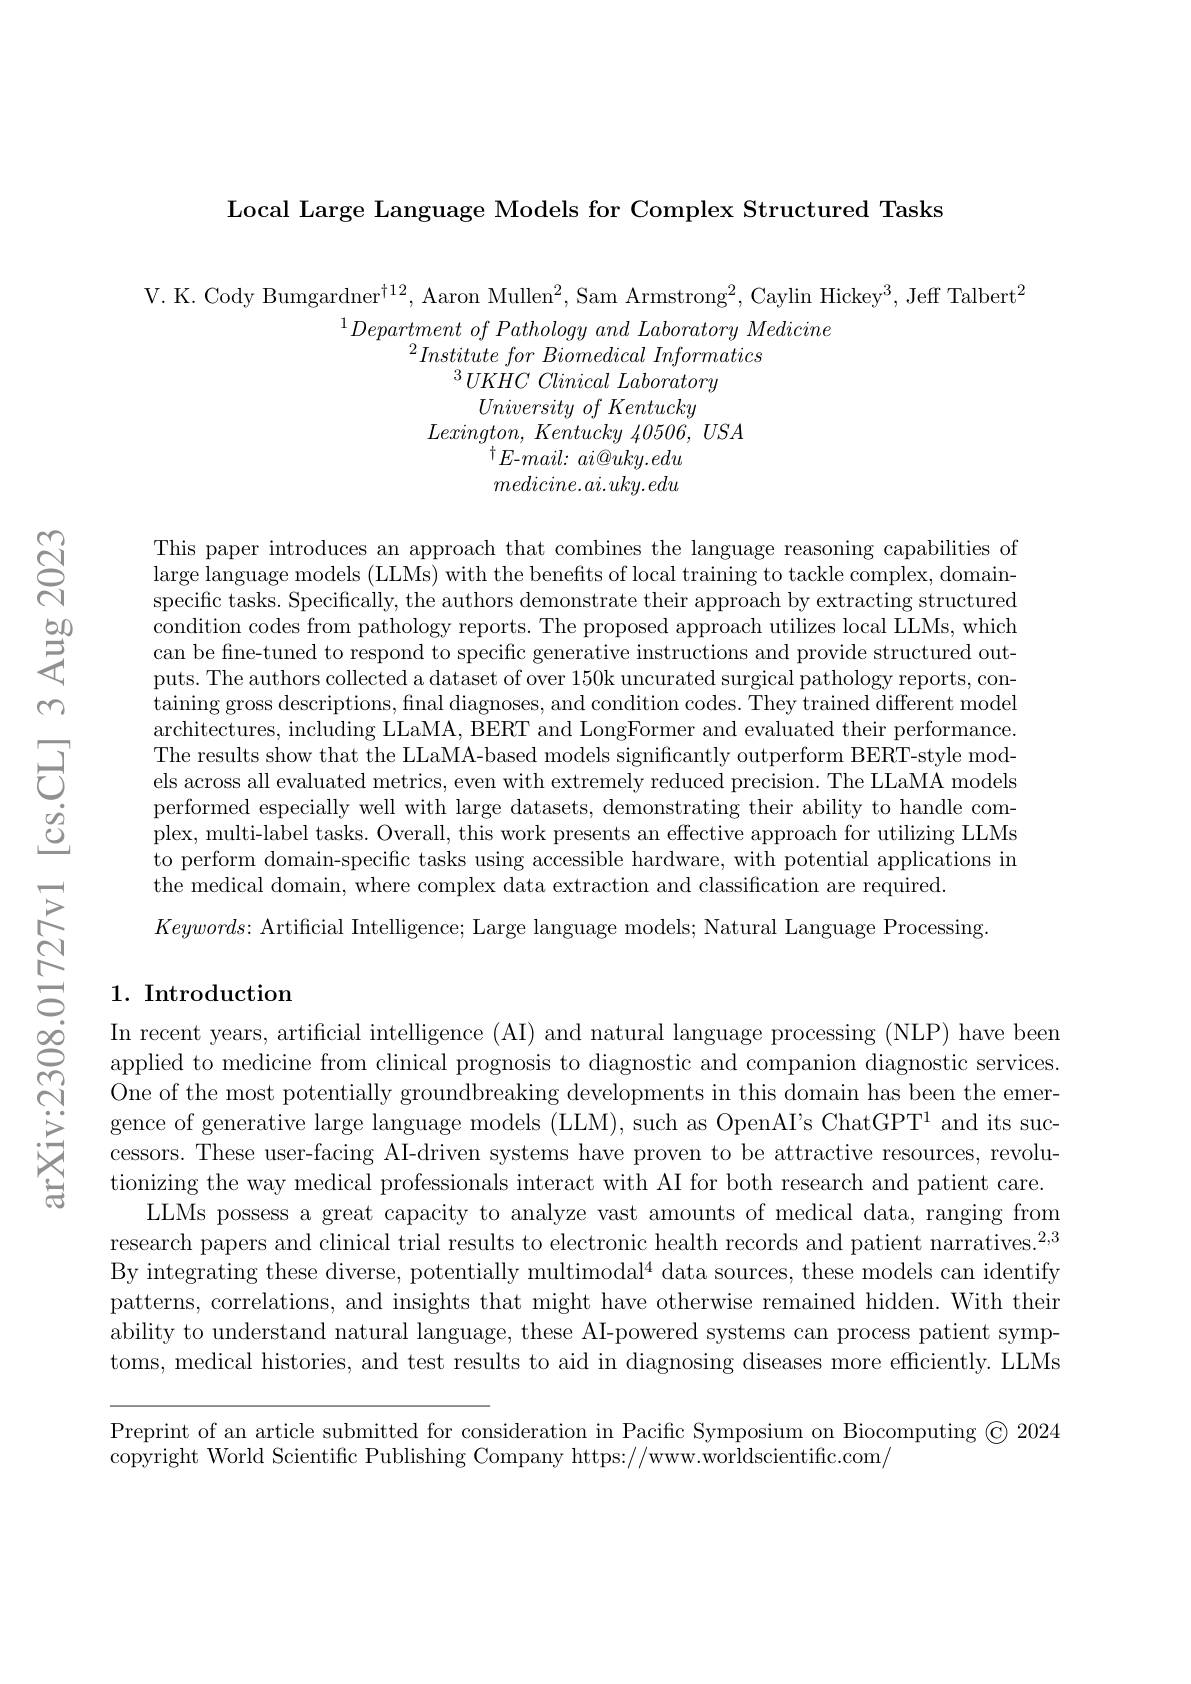
Local Large Language Models for Complex Structured Tasks

V. K. Cody Bumgardner$^\dagger12$, Aaron Mullen$^2$, Sam Armstrong$^2$, Caylin Hickey$^3$, Jeff Talbert$^2$
$^{1}Department\textit{ of Pathology and Laboratory Medicine}$
$^{2}Institute\textit{ for Biomedical Informatics}$
$^{3}UKHC\textit{ Clinical Laboratory}$
$University\textit{ of Kentucky}$
$Lexington$, Kentucky 40506, $USA$
$^{\dagger }E{- mail: }$ $ai@ uky. edu$ $medicine.ai.uky.edu$

This paper introduces an approach that combines the language reasoning capabilities of large language models (LLMs) with the benefits of local training to tackle complex, domainspecific tasks. Specifically, the authors demonstrate their approach by extracting structured condition codes from pathology reports. The proposed approach utilizes local LLMs, which can be fine-tuned to respond to specific generative instructions and provide structured outputs. The authors collected a dataset of over 150k uncurated surgical pathology reports, containing gross descriptions, final diagnoses, and condition codes. They trained different model architectures, including LLaMA, BERT and LongFormer and evaluated their performance. The results show that the LLaMA-based models significantly outperform BERT-style models across all evaluated metrics, even with extremely reduced precision. The LLaMA models performed especially well with large datasets, demonstrating their ability to handle complex, multi-label tasks. Overall, this work presents an effective approach for utilizing LLMs to perform domain-specific tasks using accessible hardware, with potential applications in the medical domain, where complex data extraction and classification are required.
$Keywords{:\text{ Artificial Intelligence; Large language models; Natural Language Processing}}$

## 1. Introduction

In recent years, artificial intelligence (AI) and natural language processing (NLP) have been applied to medicine from clinical prognosis to diagnostic and companion diagnostic services. One of the most potentially groundbreaking developments in this domain has been the emergence of generative large language models (LLM), such as OpenAI's ChatGPT' and its successors. These user-facing AI-driven systems have proven to be attractive resources, revolutionizing the way medical professionals interact with AI for both research and patient care.
LLMs possess a great capacity to analyze vast amounts of medical data, ranging from research papers and clinical trial results to electronic health records and patient narratives.$^2,3$ By integrating these diverse, potentially multimodal$^4$ data sources, these models can identify patterns, correlations, and insights that might have otherwise remained hidden. With their ability to understand natural language, these AI-powered systems can process patient symptoms, medical histories, and test results to aid in diagnosing diseases more efficiently. LLMs

Preprint of an article submitted for consideration in Pacific Symposium on Biocomputing $©$ 2024
copyright World Scientific Publishing Company https://www.worldscientific.com/